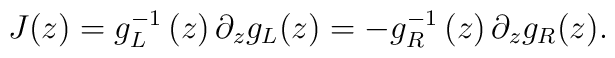
J(z)=g_L^{-1}\left( z\right) \partial _zg_L(z)=-g_R^{-1}\left( z\right)\partial _zg_R(z).